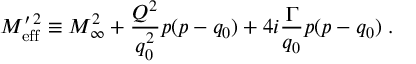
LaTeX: M _ { \mathrm { e f f } } ^ { \prime \, 2 } \equiv M _ { \infty } ^ { 2 } + { \frac { Q ^ { 2 } } { q _ { 0 } ^ { 2 } } } p ( p - q _ { 0 } ) + 4 i { \frac { \Gamma } { q _ { 0 } } } p ( p - q _ { 0 } ) \; .